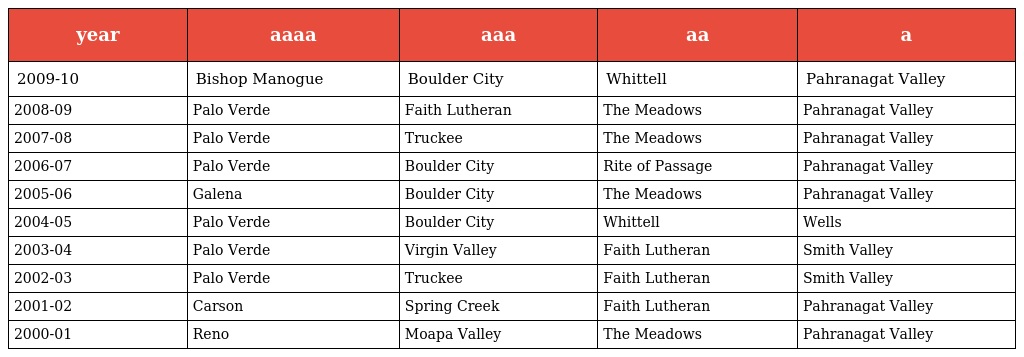
| year | aaaa | aaa | aa | a |
 | --- | --- | --- | --- | --- |
 | 2009-10 | Bishop Manogue | Boulder City | Whittell | Pahranagat Valley |
 | 2008-09 | Palo Verde | Faith Lutheran | The Meadows | Pahranagat Valley |
 | 2007-08 | Palo Verde | Truckee | The Meadows | Pahranagat Valley |
 | 2006-07 | Palo Verde | Boulder City | Rite of Passage | Pahranagat Valley |
 | 2005-06 | Galena | Boulder City | The Meadows | Pahranagat Valley |
 | 2004-05 | Palo Verde | Boulder City | Whittell | Wells |
 | 2003-04 | Palo Verde | Virgin Valley | Faith Lutheran | Smith Valley |
 | 2002-03 | Palo Verde | Truckee | Faith Lutheran | Smith Valley |
 | 2001-02 | Carson | Spring Creek | Faith Lutheran | Pahranagat Valley |
 | 2000-01 | Reno | Moapa Valley | The Meadows | Pahranagat Valley |